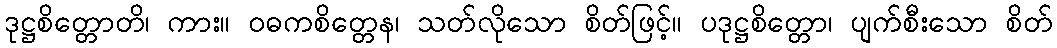
ဒုဋ္ဌစိတ္တောတိ၊ ကား။ ဝဓကစိတ္တေန၊ သတ်လိုသော စိတ်ဖြင့်။ ပဒုဋ္ဌစိတ္တော၊ ပျက်စီးသော စိတ်